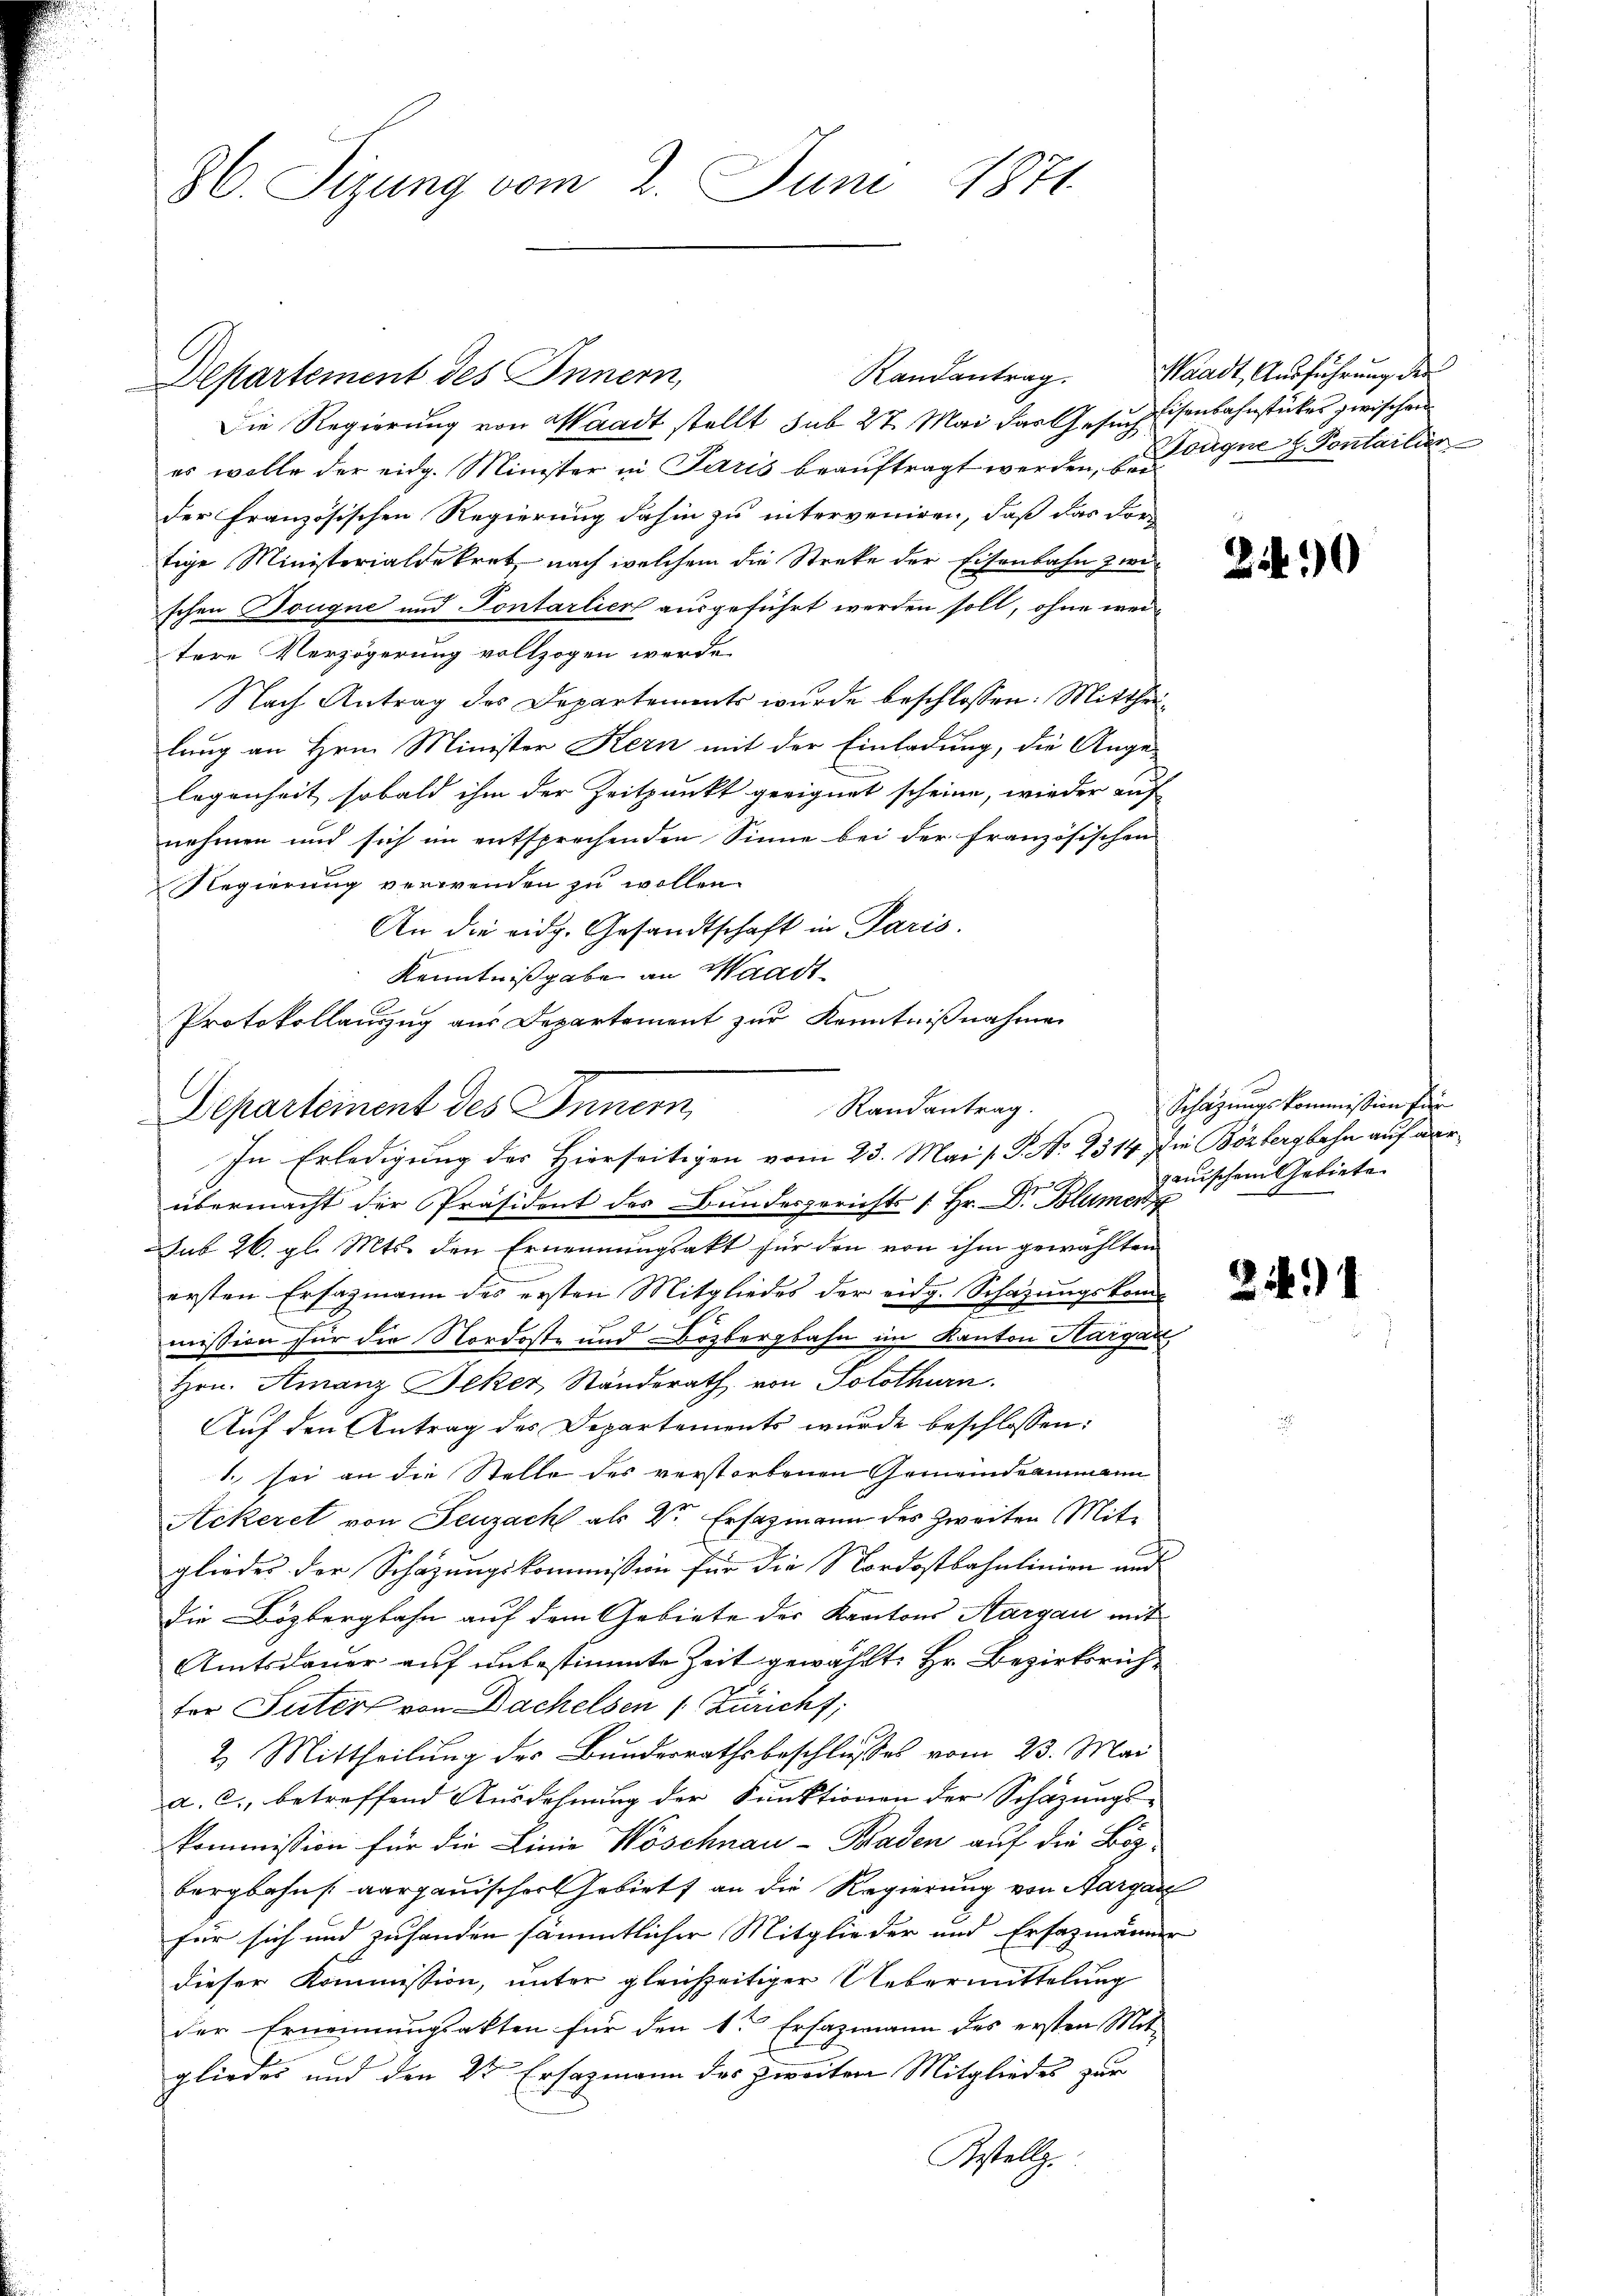
86. Sizung vom 2. Juni 1871

Departement des Innern,
Die Regierung von Waadt stellt sub 27. Mai das Gesuch Eisenbahnstückes zwischen
es wolle der eidg. Minister in Paris beaŭftragt werden, eigne u. Pontailier
der Französischen Regierung dahin zu interveniren, daß das vor-
tige Ministerialdekret nach welchem die Streke der Eisenbahn zwischen Dougne und Pontarlier ausgeführt werden soll, ohne weitere Verzögerung vollzogen werde.
Nach Antrag des Departements wurde beschlossen: Mittheilung an Hrn. Minister Kern mit der Einladung, die Ange-
legenheit sobald ihm der Zeitpunkt geeignet scheine, wieder auf
nehmen und sich im entsprechenden Sinne bei der französischen
Regierung verwenden zu wollen.
An die eidg. Gesandtschaft in Paris.
Kenntnißgabe an Waadt
e
übermacht der Präsident des Bundesgerichts [Hr. Dr. Blümer
Sub 26. gl. Mts. den Ernennungsakt für den von ihm gewählten
ersten Ersazmann des ersten Mitgliedes der eidg. Schazungskommission für die Nordoste und Bözbergbahn im Kanton Hargau
Hrn. Amanz Jeker, Ständerath von Solothurn.
Auf den Antrag des Departements wurde beschlossen:
1. sei an die Stelle des verstorbenen Gemeindeammann
Ackeret von Seuzach als Dr Ersazmann des Zweiten Mitgliedes der Schäzŭngskommission für die Nordostbahnlinien und
Die Bözbergbahn auf dem Gebiete der Kantons Aargau mit
Amtsdauer auf unbestimmte Zeit gewählt: Hr. Bezirksrichter Suter von Bachelsen (Züricht;
2. Mittheilung des Bundesrathsbeschlußes vom 23. Mai
a. c. betreffend Ausdehnung der Funktionen der Schazungskommission für die Linie Wöschnau-Braden auf die Bezbergbahns aargauischer Gebiets an die Regierung von Aargar
für sich und zuhanden sämmtlicher Mitglieder und Ersazmänner
dieser Kommission, unter gleichzeitiger Uebermittelung
der Ernennungsakten für den 1ten Ersazmann des ersten Mit-
glieder und den 2t Ersazmann des zweiten Mitgliedes zur
Restellg.

Protokollauszug aus Departement zur Kenntnißnahmen
Randantrag.
Departement des Innern,
In Erledigung des Hierseitigen vom 23. Mai s. S. No 2314. die Bözbergbahn auf aar¬

Randantrag. Waadt, Ausführung der

e

2.

0

Schazungskommission für
gauischem Gebiete

341